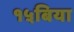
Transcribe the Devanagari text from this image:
१५बिया